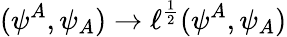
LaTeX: (\psi^{A},\psi_{A})\rightarrow\ell^{\frac{1}{2}}(\psi^{A},\psi_{A})